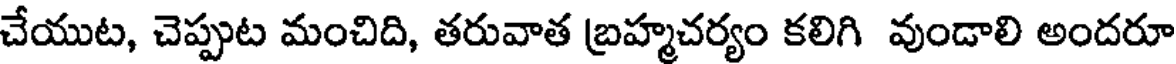
చేయుట, చెప్పుట మంచిది, తరువాత బ్రహ్మచర్యం కలిగి వుండాలి అందరూ